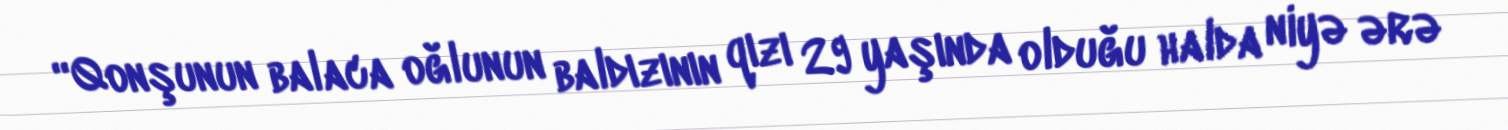
“Qonşunun balaca oğlunun baldızının qızı 29 yaşında olduğu halda niyə ərə